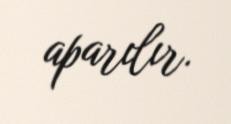
aparılır.